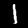
Digit: 1